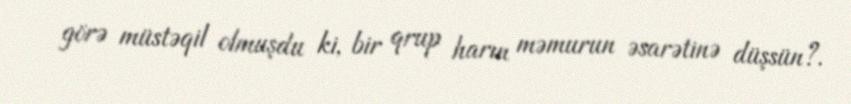
görə müstəqil olmuşdu ki, bir qrup harın məmurun əsarətinə düşsün?.